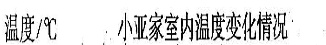
温度/℃ 小亚家室内温度变化情况